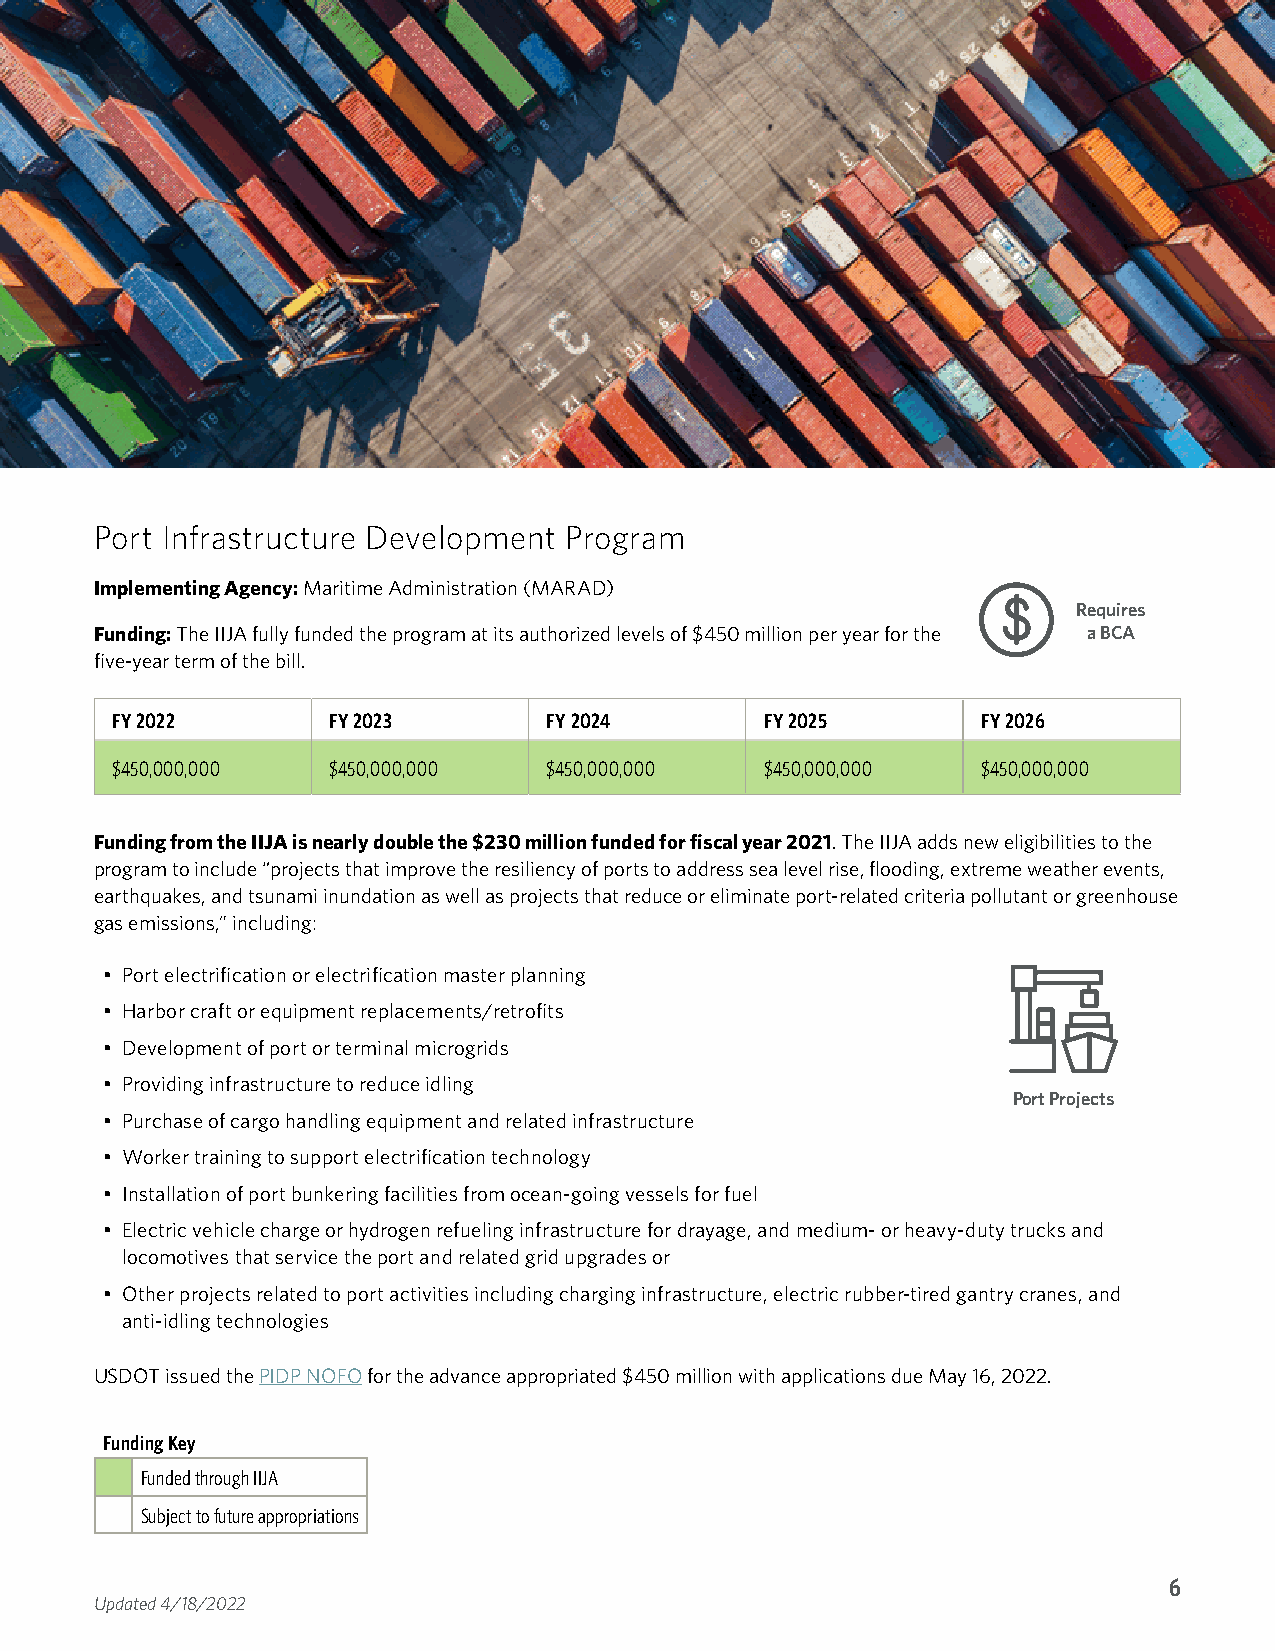
Port Infrastructure Development Program
 Implementing Agency: Maritime Administration (MARAD)
 Requires
 Funding: The IIJA fully funded the program at its authorized levels of $450 million per year for the a BCA
 five-year term of the bill.
 FY 2022        FY 2023       FY 2024        FY 2025       FY 2026
 $450,000,000   $450,000,000  $450,000,000   $450,000,000  $450,000,000
 Funding from the IIJA is nearly double the $230 million funded for fiscal year 2021. The IIJA adds new eligibilities to the
 program to include “projects that improve the resiliency of ports to address sea level rise, flooding, extreme weather events,
 earthquakes, and tsunami inundation as well as projects that reduce or eliminate port-related criteria pollutant or greenhouse
 gas emissions,” including:
 • Port electrification or electrification master planning
 • Harbor craft or equipment replacements/retrofits
 • Development of port or terminal microgrids
 • Providing infrastructure to reduce idling
 Port Projects
 • Purchase of cargo handling equipment and related infrastructure
 • Worker training to support electrification technology
 • Installation of port bunkering facilities from ocean-going vessels for fuel
 • Electric vehicle charge or hydrogen refueling infrastructure for drayage, and medium- or heavy-duty trucks and
 locomotives that service the port and related grid upgrades or
 • Other projects related to port activities including charging infrastructure, electric rubber-tired gantry cranes, and
 anti-idling technologies
 USDOT issued the PIDP NOFO for the advance appropriated $450 million with applications due May 16, 2022.
 Funding Key
 Funded through IIJA
 Subject to future appropriations
 6
 Updated 4/18/2022